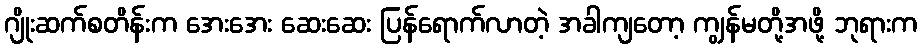
ဂျိုးဆက်စတိန်းက အေးအေး ဆေးဆေး ပြန်ရောက်လာတဲ့ အခါကျတော့ ကျွန်မတို့အဖို့ ဘုရားက